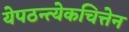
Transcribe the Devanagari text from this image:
येपठन्त्येकचित्तेन